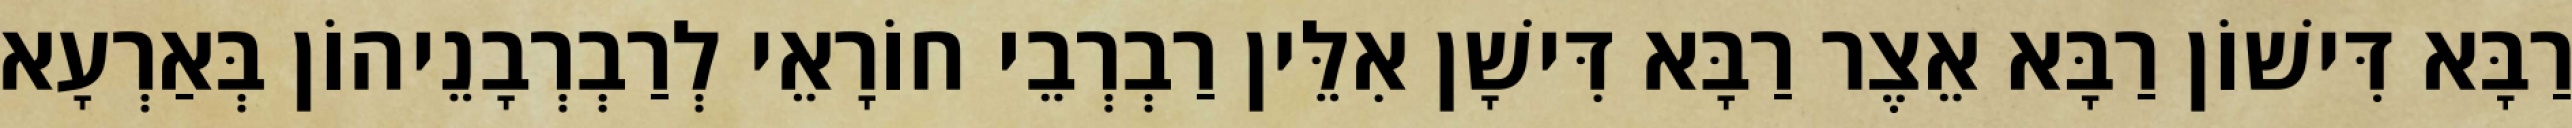
רַבָּא דִּישׁוֹן רַבָּא אֵצֶר רַבָּא דִּישָׁן אִלֵּין רַבְרְבֵי חוֹרָאֵי לְרַבְרְבָנֵיהוֹן בְּאַרְעָא